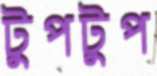
টুপটুপ